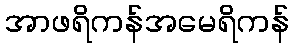
အာဖရိကန်အမေရိကန်